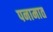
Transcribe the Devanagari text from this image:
पनामात